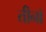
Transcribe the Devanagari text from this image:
तीनॉ